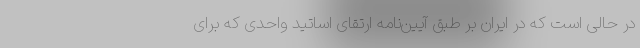
در حالی است که در ایران بر طبق آیین‌نامه ارتقای اساتید واحدی که برای